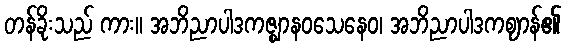
တန်ခိုးသည် ကား။ အဘိညာပါဒကဇ္ဈာနဝသေနေဝ၊ အဘိညာပါဒကဈာန်၏